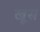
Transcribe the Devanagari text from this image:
खूस